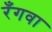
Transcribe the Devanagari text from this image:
रँगवा